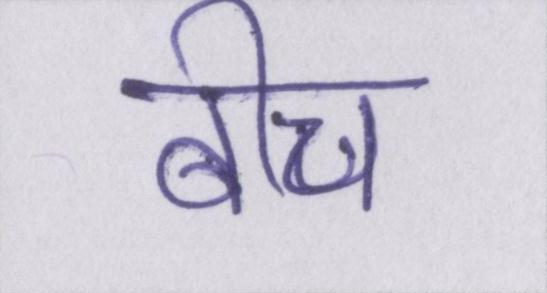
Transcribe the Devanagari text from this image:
बीच